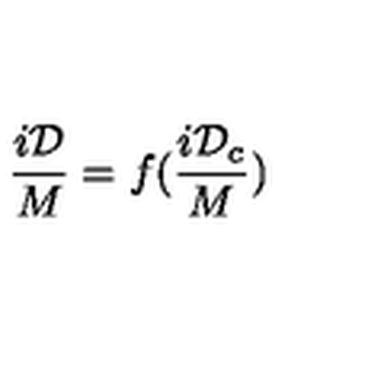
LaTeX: \frac { i \mathcal D } { M } = f ( \frac { i { \mathcal D } _ { c } } { M } )